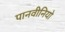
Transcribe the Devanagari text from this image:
पानवीनियो